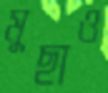
মুছাও